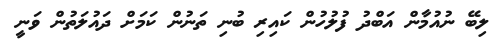
ލިބޭ ނުއުމާން އަބްދު ފުލުހުން ކައިރި ބުނި ތަނުން ކަމަށް ދައުލަތުން ވަނީ